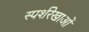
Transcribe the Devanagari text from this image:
स्पर्शरेखाओं